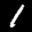
Label: 1